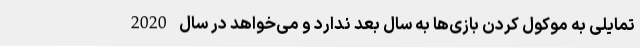
تمایلی به موکول کردن بازی‌ها به سال بعد ندارد و می‌خواهد در سال 2020